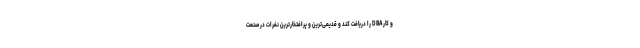
و کار DBA را دریافت کند و قدیمی‌ترین و پرافتخارترین نفرات در صنعت